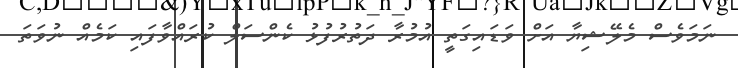
ނަމަވެސް މެލޭޝިޔާ އަށް ވަޑައިގަތީ އުމުރާ ދަތުރުފުޅު ކެންސަލް ކުރައްވާފައި ކަމެއް ނުވަތަ